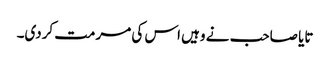
تایا صاحب نے وہیں اس کی مرمت کردی۔